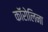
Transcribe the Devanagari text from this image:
काॅरोलिना